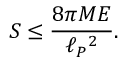
{ \cal S } \leq { \frac { 8 \pi M E } { \ell _ { P } { } ^ { 2 } } } .